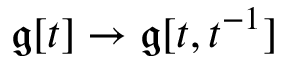
{ \mathfrak { g } } [ t ] \to { \mathfrak { g } } [ t , t ^ { - 1 } ]